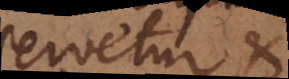
servetur et